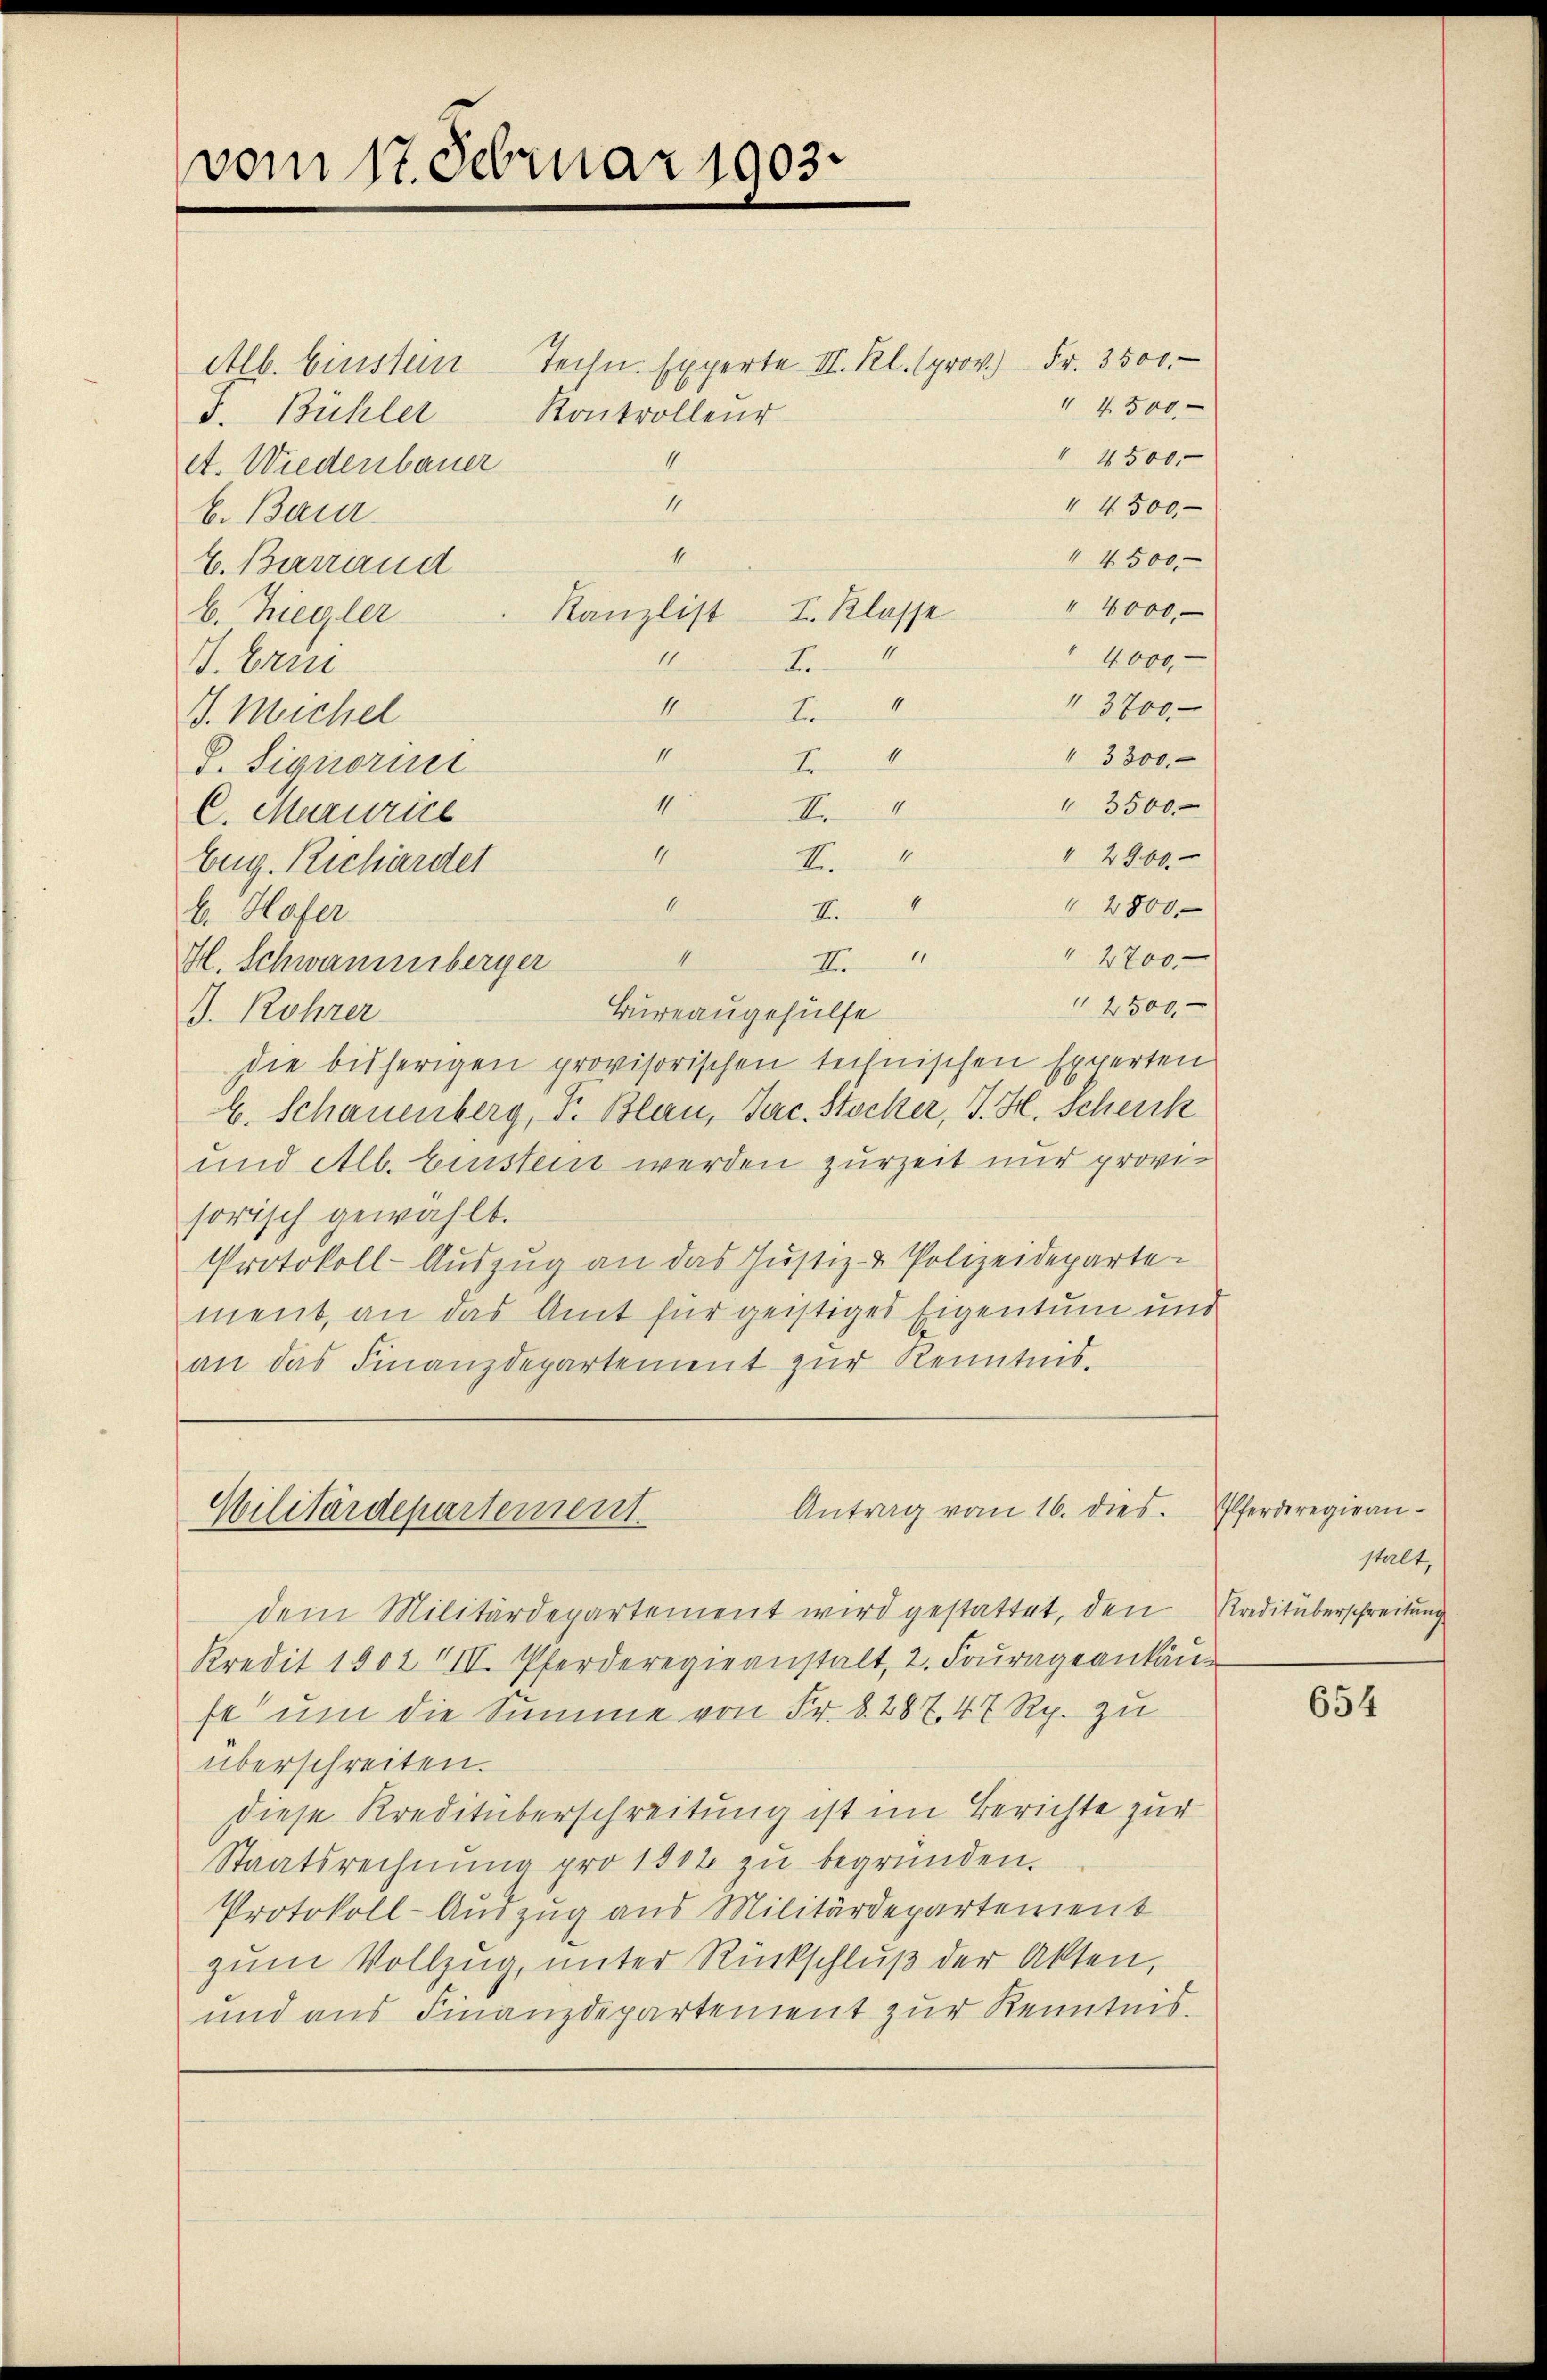
vom 17. Februar 1903.

Alb. Einstein Techn. Experte II. Kl. prov.) Fr. 3500
Kontrolleur
F. Bühler
4
et. Wiederbauer
I
 4500
b. Baur
1
 4500
E. Barrand
" 4000.
I. Klasse
Kanzlist
b. Ziegler
1
11
4000
Fr.
G. Erni
4
11
3700
dr
. Meichel
II
 3300.
4
D. Signorin
4
" 3500
II.
C. Marurice
11
 2960.
e
Eug. Richarder
1.
2800
II
b. Hofer
I
4
" 2700
H. Schwammberger
II.
2500,
Bureaugehülfe
J. Röhrer
die bisherigen provisorischen technischen Experten
E. Schauenberg, F. Blau, Jac. Stocker, J. H. Scheick
und Alb. Einstein werden zurzeit nur provisorisch gewählt.
Protokoll-Auszug an das Justiz- & Polizeidepartement, an das Amt für geistiges Eigentum und
an das Finanzdepartement zur Kenntnis.

4500.
 4500.

Antrag vom 16. dies
Wilitärdepartement

dem Militärdepartement wird gestattet, den Kreditüberschreitung
Kredit 1902 VII. Pferderegieanstalt, 2. Fourageankaŭ
fe um die Summe von Fr. 8287. 47 Rp. zu
überschreiten.
diese Kreditüberschreitung ist im Berichte zur
Staatsrechnung pro 1812 zu begründen.
Protokoll-Auszug aus Militärdepartement
zum Vollzug, unter Rückschluß der Akten,
und aus Finanzdepartement zur Kenntnis.

Pferderegieru
stalt,

654